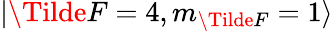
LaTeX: \lvert\Tilde{F}=4,m_{\Tilde{F}}=1\rangle